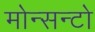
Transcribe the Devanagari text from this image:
मोन्सन्टो